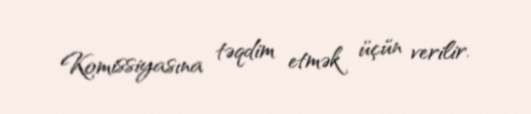
Komissiyasına təqdim etmək üçün verilir.